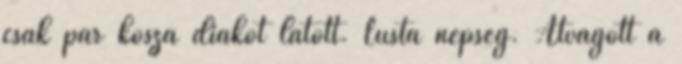
csak pár kósza diákot látott. Lusta népség. Átvágott a